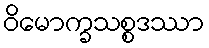
ဝိမောက္ခသစ္စဒဿာ